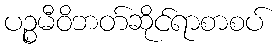
ပဉ္စမီဝိဘတ်ဆိုင်ရာစာစပ်